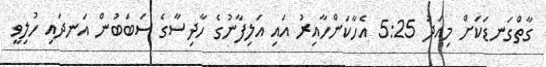
ގާތްގަނޑަކަށް މިއަދު 5:25 އެހާކަންހާއިރު އައި އަލިފާނުގެ ހާދިސާގެ ސަބަބުން އަނދައި ހުލިވީ